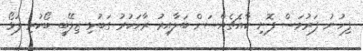
ފިހުނު ފަރުމަސް ފޮނި ކާއެޗެއްސަށް ބަލާއިރު ރާހަކުރު ގަބުޅި ޒިލޭބީ ބޯކުރި ފަޅޯ